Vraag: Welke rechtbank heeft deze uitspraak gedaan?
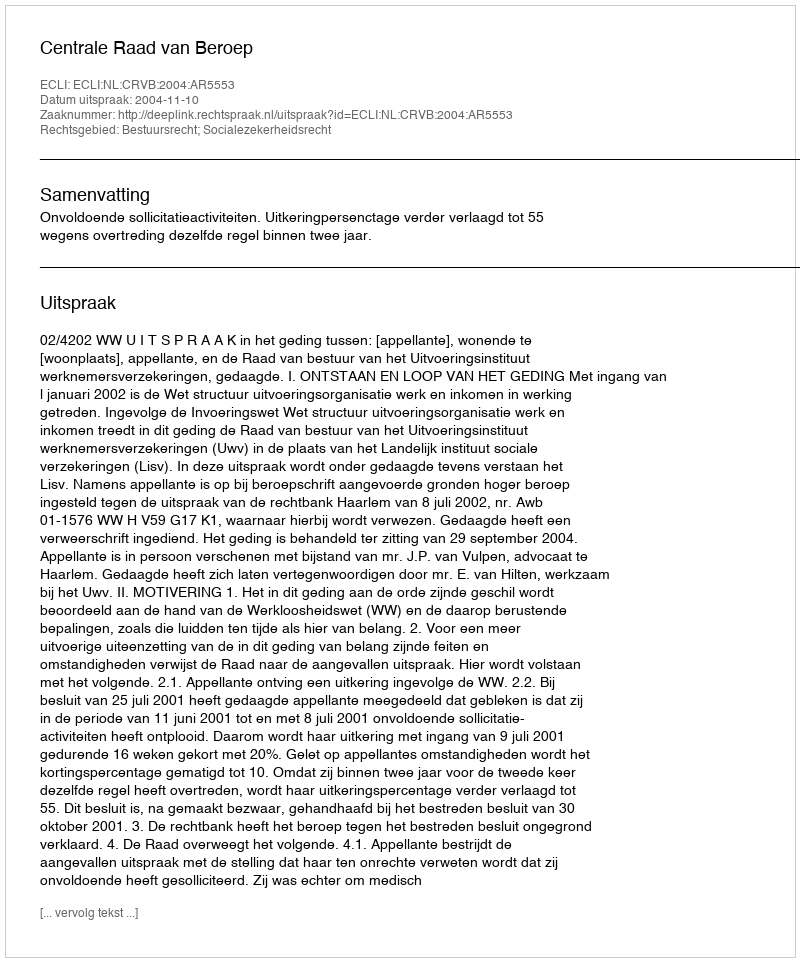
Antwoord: Centrale Raad van Beroep